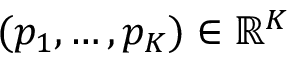
( p _ { 1 } , \dots , p _ { K } ) \in \mathbb { R } ^ { K }